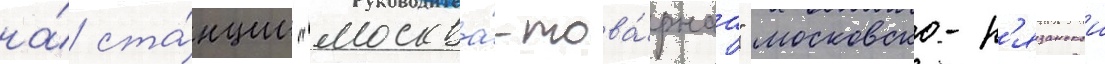
на́ ста́нции "москва́-това́рнаа" московско-р'язанскои